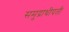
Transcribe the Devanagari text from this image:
समुद्राधीपती